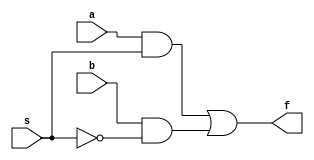
module mux2to1_gate (a,b,s,f);
input a,b,s;
output f;
wire c,d,e;
not n1(e,s);// e=~s
and a1(c,a,s);
and a2(d,b,e);
or o1(f,c,d);
endmodule

module mux2to1_df (a,b,s,f);
input a,b,s;
output f;
assign f = s ? a : b;
endmodule

module mux2to1_beh(a,b,s,f);
input a,b,s;
output f;
reg f;
always@(s or a or b)
if(s==1) f = a;
else f = b;
endmodule

module testbench;
reg a,b,s;
wire f;
mux2to1_gate mux_gate (a,b,s,f);
initial
begin
    $monitor(,$time," a=%b, b=%b, s=%b f=%b",a,b,s,f);
#0 a=1'b0;b=1'b1;
#2 s=1'b1;
#5 s=1'b0;
#10 a=1'b1;b=1'b0;
#15 s=1'b1;
#20 s=1'b0;
#100 $finish;
end
endmodule